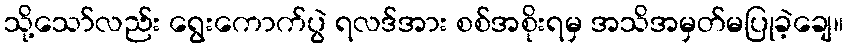
သို့သော်လည်း ရွေးကောက်ပွဲ ရလဒ်အား စစ်အစိုးရမှ အသိအမှတ်မပြုခဲ့ချေ။